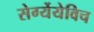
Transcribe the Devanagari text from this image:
सेर्ग्येयेविच